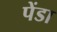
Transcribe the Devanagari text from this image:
पेंडा